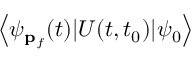
\left\langle \psi _ { \mathbf { p } _ { f } } ( t ) | U ( t , t _ { 0 } ) | \psi _ { 0 } \right\rangle